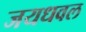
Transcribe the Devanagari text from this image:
जयधवल